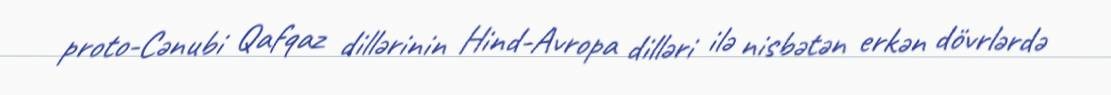
proto-Cənubi Qafqaz dillərinin Hind-Avropa dilləri ilə nisbətən erkən dövrlərdə